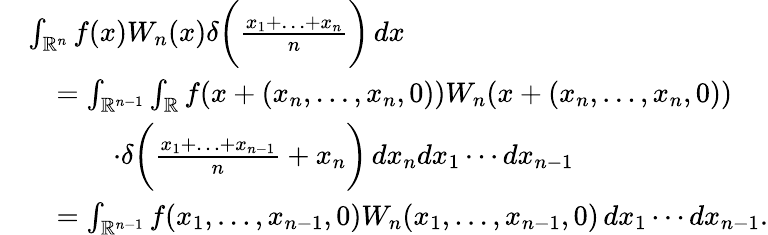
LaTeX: \begin{array}{rl}&{\int_{\mathbb R^{n}}f(x)W_{n}(x)\delta\bigg(\frac{x_{1}+\ldots+x_{n}}{n}\bigg)\, dx}\\ &{\quad=\int_{\mathbb{R}^{n-1}}\int_{\mathbb{R}}f(x+(x_{n},\ldots,x_{n},0))W_{n}(x+(x_{n},\ldots,x_{n},0))}\\ &{\quad\qquad\cdot\delta\bigg(\frac{x_{1}+\ldots+x_{n-1}}{n}+x_{n}\bigg)\, dx_{n}dx_{1}\cdots dx_{n-1}}\\ &{\quad=\int_{\mathbb{R}^{n-1}}f(x_{1},\dots,x_{n-1},0)W_{n}(x_{1},\ldots,x_{n-1},0)\, dx_{1}\cdots dx_{n-1}.}\end{array}